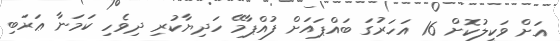
އަށް ވަކީލުކޮށް 16 އަހަރުގަ ބައްޕައަށް ފުއްޕާމޭ ހަދިޔާކުރި ދިވެހި ކަމަނާ ޢަރަބި